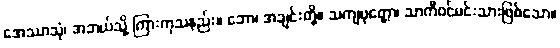
အေဿာသုံ၊ အဘယ်သို့ ကြားကုသနည်း။ ဘော၊ အချင်းတို့။ သကျပုတ္တော၊ သာကီဝင်မင်းသားဖြစ်သော။